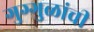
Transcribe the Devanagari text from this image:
गुग्गुळांची